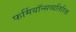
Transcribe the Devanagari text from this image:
फर्मियॉन्सव्यतिरिक्त